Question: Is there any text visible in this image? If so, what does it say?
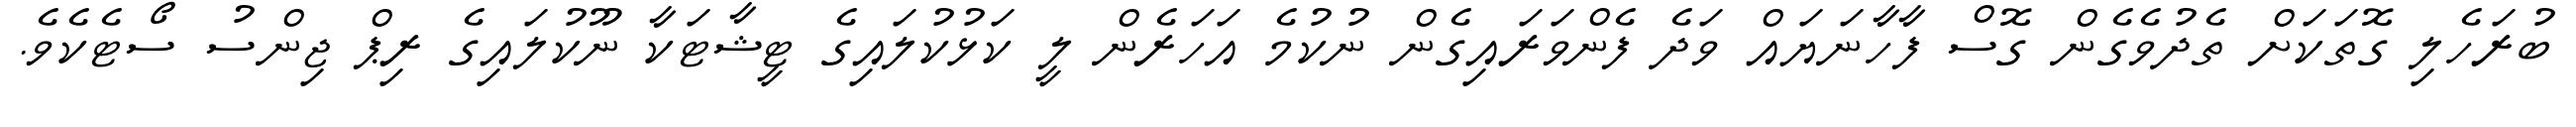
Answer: ބުރަހެލި ގޮތަކަށް ތެދުވެގެން ގޮސް ފާހާނަޔައް ވަދެ ފެންވަރައިގެން ނުކުމެ އަހަރެން ލީ ކަޅުކުލައިގެ ޓީޝާޓަކާ ނޫކުލައިގެ ރިޕް ޖިންސު ސޯޓެކެވެ.